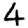
Digit: 4